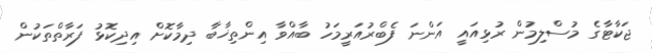
ޖަކާޓާގެ މުސްލިމުން ރުޅިއައީ އަންނަ ފެބްރުއަރީމަހު ބާއްވާ އިންތިޚާބާ ދިމާކޮށް އިދިކޮޅު ފަރާތްތަކުން